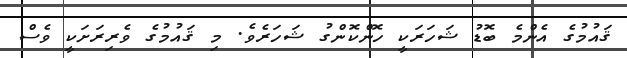
ޤައުމުގެ އެންމެ ބޮޑު ޝަހަރަކީ ހޮންކޮންގު ޝަހަރެވެ. މި ޤައުމުގެ ވެރިރަށަކީ ވެސް